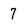
Character: 7